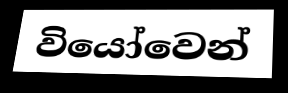
වියෝවෙන්